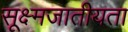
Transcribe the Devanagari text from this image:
सूक्ष्मजातीयता